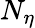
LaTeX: N_{\eta}